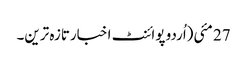
27 مئی(اُردو پوائنٹ اخبارتازہ ترین۔